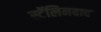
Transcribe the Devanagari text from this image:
स्टॅलिनवाद